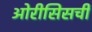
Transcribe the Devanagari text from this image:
ओरीसिसची